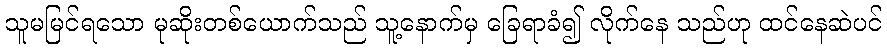
သူမမြင်ရသော မုဆိုးတစ်ယောက်သည် သူ့နောက်မှ ခြေရာခံ၍ လိုက်နေ သည်ဟု ထင်နေဆဲပင်